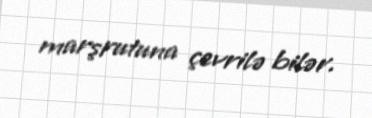
marşrutuna çevrilə bilər.